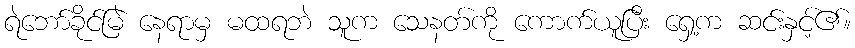
ရဲဘော်ခိုင်မြဲ နေရာမှ မထရဘဲ သူက သေနတ်ကို ကောက်ယူပြီး ရှေ့က ဆင်းနှင့်၏။